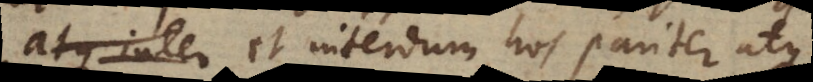
ambitiosos, et interdum hos pariter atque